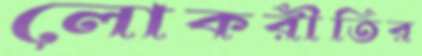
লোকরীতির